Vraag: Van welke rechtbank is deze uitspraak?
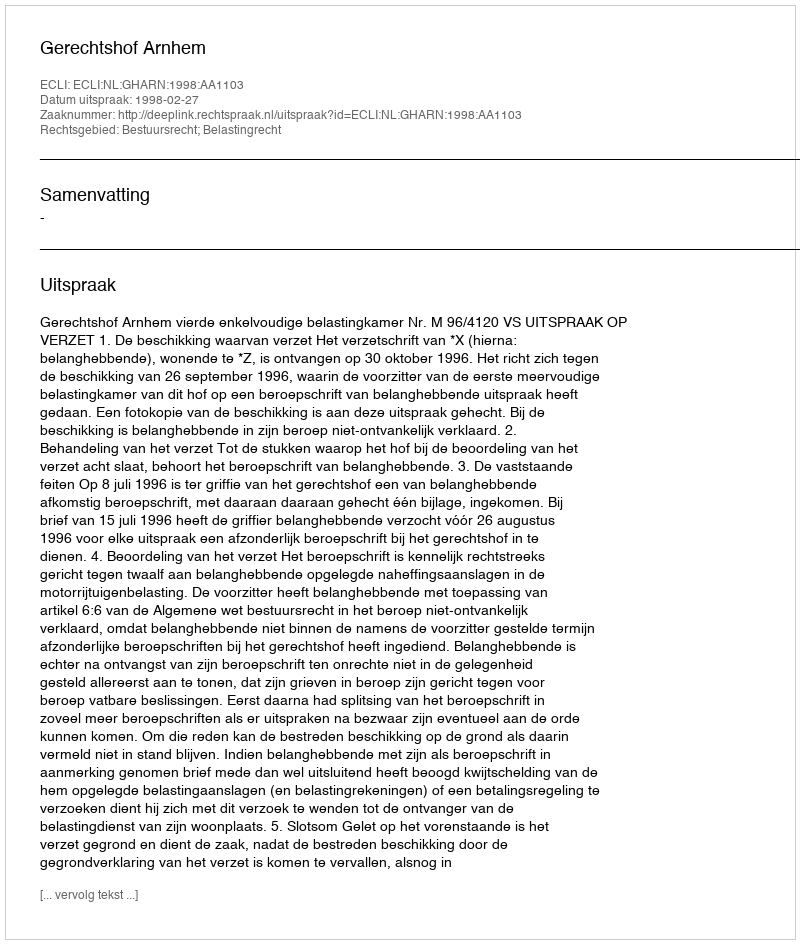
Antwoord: Gerechtshof Arnhem